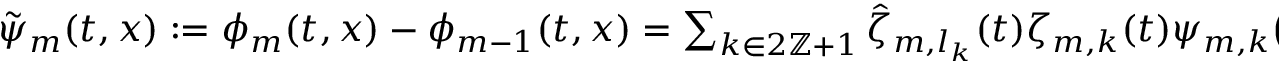
\begin{array} { r } { \tilde { \psi } _ { m } ( t , x ) : = \phi _ { m } ( t , x ) - \phi _ { m - 1 } ( t , x ) = \sum _ { k \in 2 \ensuremath { \mathbb { Z } } + 1 } \hat { \zeta } _ { m , l _ { k } } ( t ) \zeta _ { m , k } ( t ) \psi _ { m , k } \bigl ( X _ { m - 1 , l _ { k } } ^ { - 1 } ( t , x ) \bigr ) \, . } \end{array}